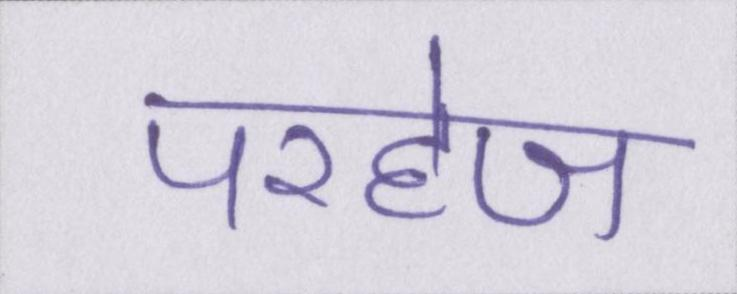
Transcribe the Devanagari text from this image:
परहेज